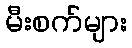
မီးစက်များ